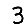
Digit: 3